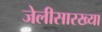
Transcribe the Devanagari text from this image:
जेलीसारख्या